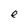
Character: e